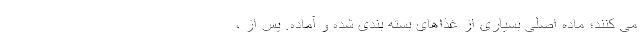
می کنند؛ ماده اصلی بسیاری از غذاهای بسته بندی شده و آماده. پس از ،